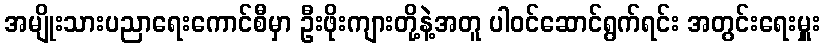
အမျိုးသားပညာရေးကောင်စီမှာ ဦးဖိုးကျားတို့နဲ့အတူ ပါဝင်ဆောင်ရွက်ရင်း အတွင်းရေးမှူး